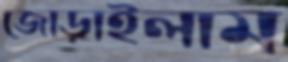
জোড়াইলাম